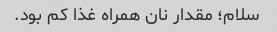
سلام؛ مقدار نان همراه غذا کم بود.